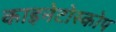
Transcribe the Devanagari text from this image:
काइनेटोस्कोप